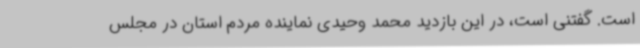
است. گفتنی است، در این بازدید محمد وحیدی نماینده مردم استان در مجلس